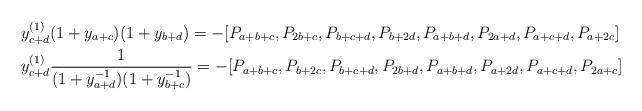
LaTeX: \begin{align*}&y_{c+d}^{(1)}(1+y_{a+c})(1+y_{b+d}) = -[P_{a+b+c}, P_{2b+c}, P_{b+c+d}, P_{b+2d}, P_{a+b+d}, P_{2a+d}, P_{a+c+d}, P_{a+2c}] \\&y_{c+d}^{(1)}\frac{1}{(1+y_{a+d}^{-1})(1+y_{b+c}^{-1})} = -[P_{a+b+c}, P_{b+2c}, P_{b+c+d}, P_{2b+d}, P_{a+b+d}, P_{a+2d}, P_{a+c+d}, P_{2a+c}] \end{align*}